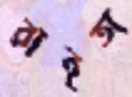
রাইতা